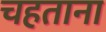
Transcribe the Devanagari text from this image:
चहताना